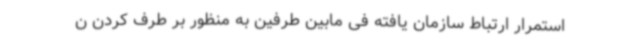
استمرار ارتباط سازمان یافته فی مابین طرفین به منظور بر طرف کردن ن